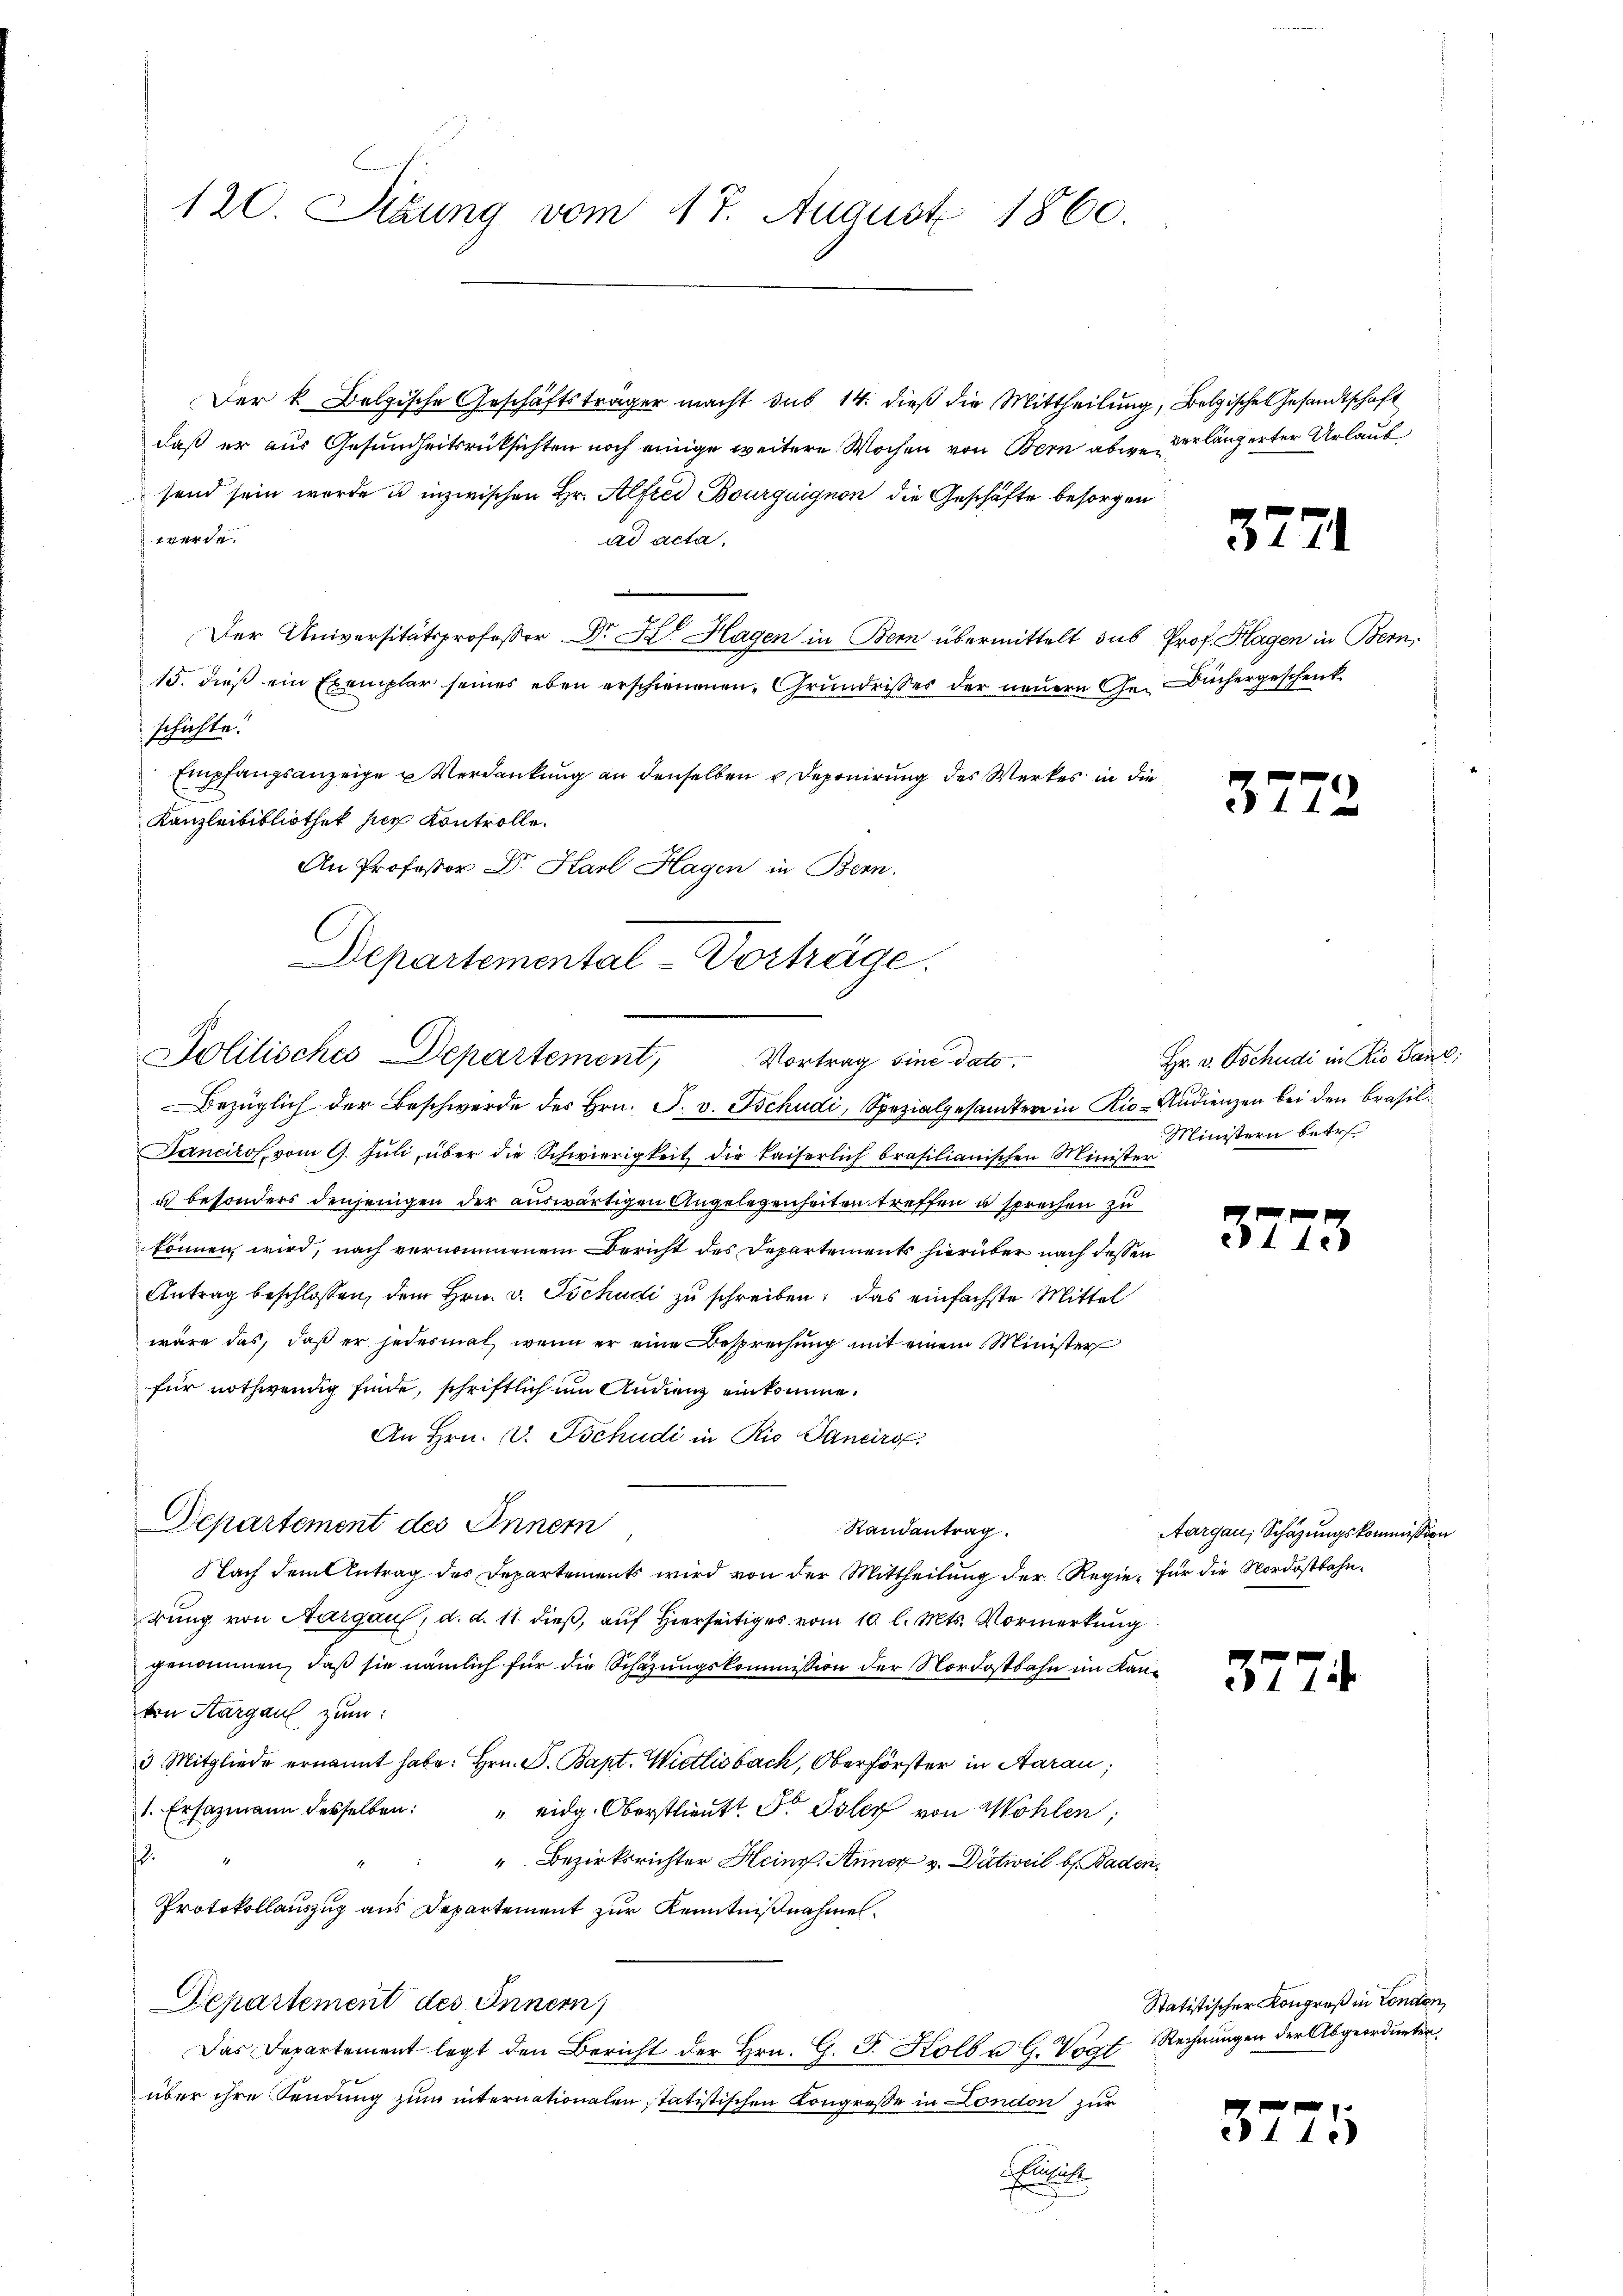
120. Sizung vom 17. August 1860.

daß er aus Gesundheitsrücksichten noch einige weitere Wochen von Bern abwesend sein werde u inzwischen Hr. Alfrei Bourquignon die Geschäfte besorgen
werde.
ad acta,
Der Universitätsprofessor Dr. H. Hagen in Bern übermittelt sus Prof. Hagen in Bern,
15. dieß ein Exemplar seines eben erschienenen Grundrisses der neuern Ge- Büchergeschenk
schichte.
Empfangsanzeige u Verdankung an denselben u Deponirung des Werkes in die
Kanzleibibliothek hier Kontrolle.
An Professor Dr. Karl Hagen in Bern.
Bezüglich der Beschwerde des Hrn. F. v. Tschudi, Spezialgesandten in Rio-Audienzen bei den Brasil
Tanciros vom 9. Jŭli über die Schwierigkeit die kaiserlich brasilianischen Minister
u besonders denjenigen der auswärtigen Angelegenheiten treffen u sprechen zu
können wird, nach vernommenem Bericht des Departements hierüber nach dessen
Antrag beschlossen, dem Hrn. v. Tschudi zu schreiben: das einfachste Mittel
wäre das, daß er jedesmal wenn er eine Besprechung mit einem Minister
für nothwendig finde, schriftlich um Audienz einkomme.
An Hrn. (v. Tschudi in Rio Saneiro
Departement des Innern
Randantrag.
Nach dem Antrag des Departements wird von der Mittheilung der Regie, für die Nordostbahnrung von Aargau, d. d. 11. dieß, auf Hierseits vom 10. l. Mts. Vormerkung
genommen, daß sie nämlich für die Schazungskommission der Nordostbahn im Lanvon Aargau zum
3 Mitgliede ernannt habe. Hrn. F. Bapt. Wietlisbach, Oberförster in Aarau
1. Ersazmann desselben:
". eidg. Oberstlieut. Dr. Isler von Wohlen;
" Bezirksrichter Heinr. Annex v. Dätweil bes. Baden¬
Protokollauszug aus Departement zur Kenntnißnahmen.
Departement des Innern
Das Departement legt den Bericht der Hrn. G. P. Kolb u. G. Vogt Rechnungen der Abgeordneter
über ihre Sendung zum internationalen statistischen Kongresse in London zur
leist

Departemental-Vorträge.
Politisches Departement, Vortrag sine dato.

Der k. Bolgische Geschäftsträger macht sub 14. dieß die Mittheilung

2; Bolgischen Gesandtschaft
verlängerter Urlaub
e

3771

3772

Hr. v. Tschudi in Rio Sanz;
Ministern betr

3773

Aargau, Schazungskommission

3774

Statistischer Kongreß in London,

3775